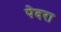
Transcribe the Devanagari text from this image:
पेदरा